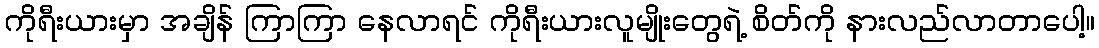
ကိုရီးယားမှာ အချိန် ကြာကြာ နေလာရင် ကိုရီးယားလူမျိုးတွေရဲ့ စိတ်ကို နားလည်လာတာပေါ့။